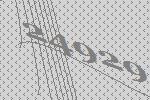
24929